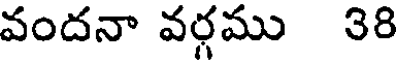
వందనా వర్గము 38